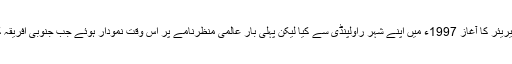
شعیب اختر نے اپنے بین الاقوامی کیریئر کا آغاز 1997ء میں اپنے شہر راولپنڈی سے کیا لیکن پہلی بار عالمی منظرنامے پر اس وقت نمودار ہوئے جب جنوبی افریقہ کے دورے پر تباہ کن گیندبازی کی۔